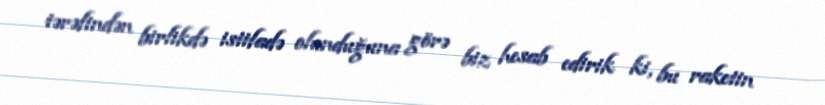
tərəfindən birlikdə istifadə olunduğuna görə biz hesab edirik ki, bu raketin